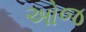
ઓજ